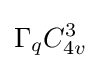
\Gamma _{q}C_{4v}^{3}